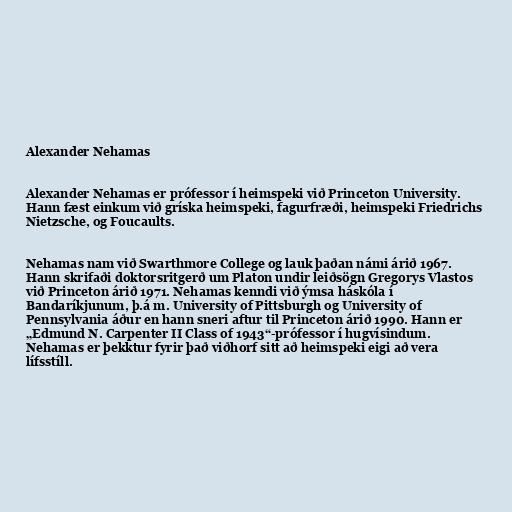
Alexander Nehamas

Alexander Nehamas er prófessor í heimspeki við Princeton University.
Hann fæst einkum við gríska heimspeki, fagurfræði, heimspeki Friedrichs
Nietzsche, og Foucaults.

Nehamas nam við Swarthmore College og lauk þaðan námi árið 1967.
Hann skrifaði doktorsritgerð um Platon undir leiðsögn Gregorys Vlastos
við Princeton árið 1971. Nehamas kenndi við ýmsa háskóla í
Bandaríkjunum, þ.á m. University of Pittsburgh og University of
Pennsylvania áður en hann sneri aftur til Princeton árið 1990. Hann er
„Edmund N. Carpenter II Class of 1943“-prófessor í hugvísindum.
Nehamas er þekktur fyrir það viðhorf sitt að heimspeki eigi að vera
lífsstíll.